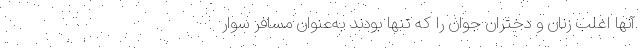
آنها اغلب زنان و دختران جوان را که تنها بودند به‌عنوان مسافر سوار